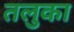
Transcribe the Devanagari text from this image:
तलुका